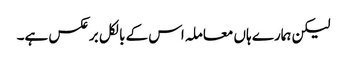
لیکن ہمارے ہاں معاملہ اس کے بالکل برعکس ہے۔